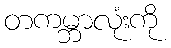
တကမ္ဘာလုံးကို